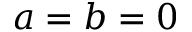
a = b = 0